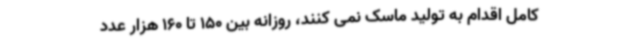
کامل اقدام به تولید ماسک نمی کنند، روزانه بین 150 تا 160 هزار عدد